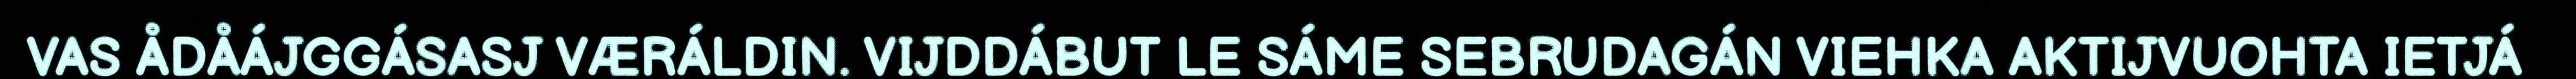
VAS ÅDÅÁJGGÁSASJ VÆRÁLDIN. VIJDDÁBUT LE SÁME SEBRUDAGÁN VIEHKA AKTIJVUOHTA IETJÁ